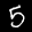
Label: 5